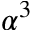
\alpha ^ { 3 }